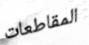
المقاطعات